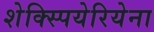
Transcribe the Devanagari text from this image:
शेक्स्पियेरियेना